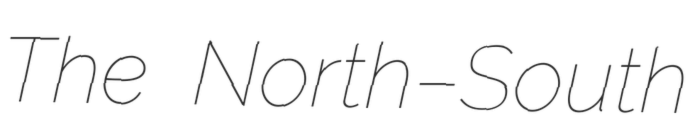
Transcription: The North–South